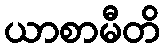
ယာစာမီတိ